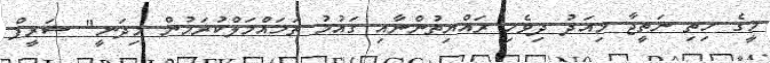
މީގެ ހިތި ނަތީޖާ މިއަދު ދިވެހި ރައްޔިތުންނާއި ގައުމު ތަހައްމަލްކުރަމުން މިދަނީ" ޝަރީފް